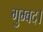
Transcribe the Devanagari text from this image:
गुम्बद।